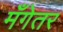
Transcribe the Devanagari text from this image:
मँगेतर